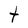
Character: t